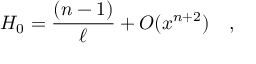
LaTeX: H _ { 0 } = \frac { ( n - 1 ) } { \ell } + { \cal O } ( x ^ { n + 2 } ) \quad ,